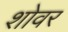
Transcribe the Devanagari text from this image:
शोवर